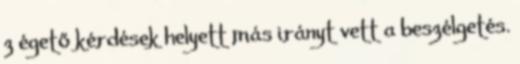
z égető kérdések helyett más irányt vett a beszélgetés.